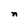
Character: n